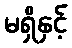
မရှိနှင့်